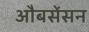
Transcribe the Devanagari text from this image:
औबसेंसन